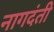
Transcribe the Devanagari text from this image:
नागदंती